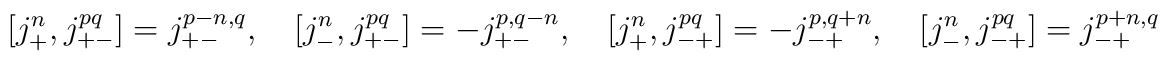
[ j_{+}^n,j_{+-}^{pq}]=j_{+-}^{p-n,q}, \quad [ j_{-}^n,j_{+-}^{pq}]=-j_{+-}^{p,q-n}, \quad [ j_{+}^n,j_{-+}^{pq}]=-j_{-+}^{p,q+n}, \quad [ j_{-}^n,j_{-+}^{pq}]=j_{-+}^{p+n,q}